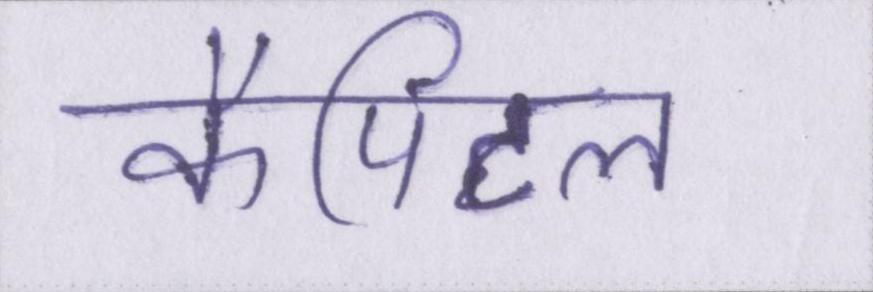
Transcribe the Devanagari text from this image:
कैपिटल